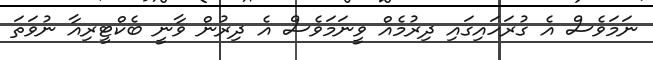
ނަމަވެސް އެ ގުރަހައިގައި ދިރުމެއް ވީނަމަވެސް އެ ދިރުން ވާނީ ބެކްޓީރިއާ ނުވަތަ